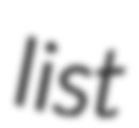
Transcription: list